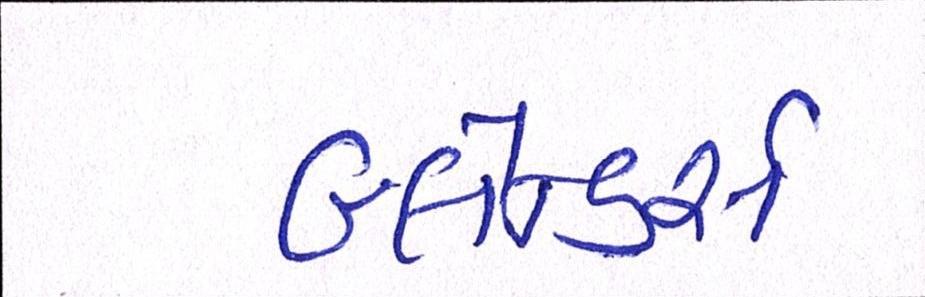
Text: બ્લેન્ડર્સ